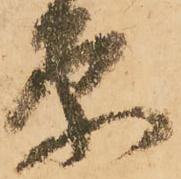
原